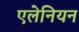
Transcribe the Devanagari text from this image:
एलेनियन